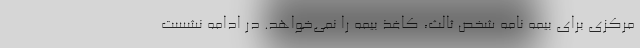
مرکزی برای بیمه نامه شخص ثالث، کاغذ بیمه را نمی‌خواهد. در ادامه نشست